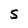
Character: S